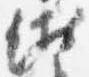
衛